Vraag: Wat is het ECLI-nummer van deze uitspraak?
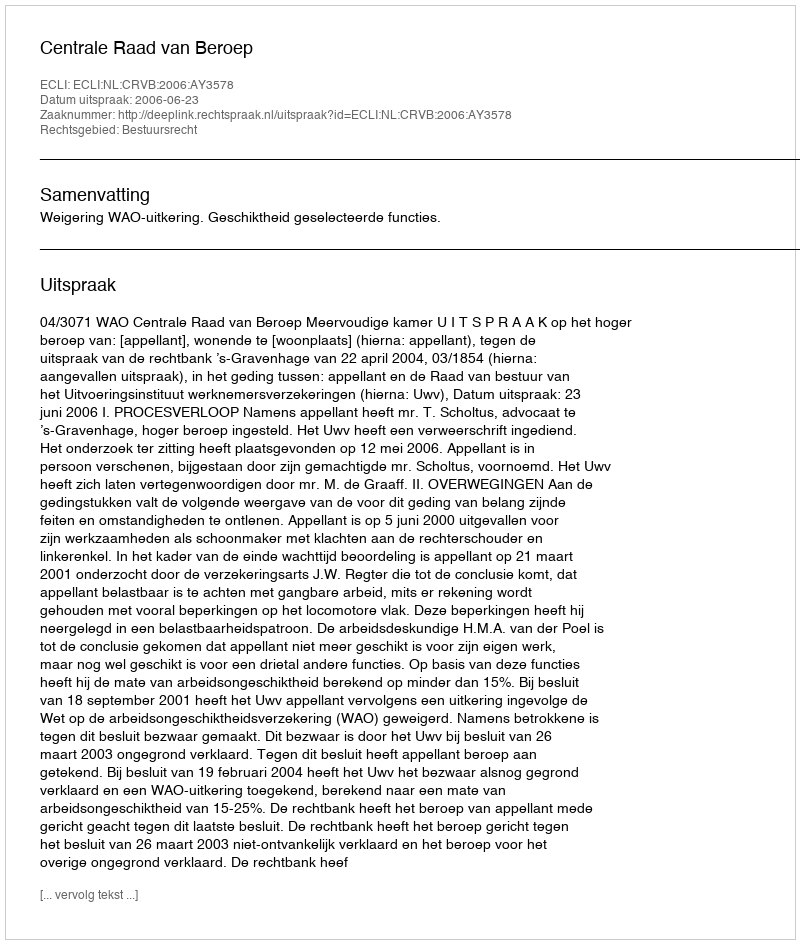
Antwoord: ECLI:NL:CRVB:2006:AY3578